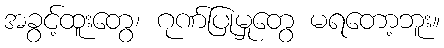
အခွင့်ထူးတွေ၊ ဂုဏ်ပြုမှုတွေ မရတော့ဘူး။